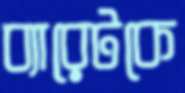
ব্যারেটকে